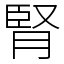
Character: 腎